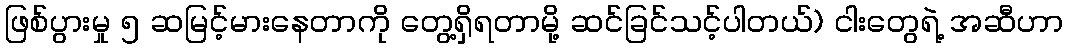
ဖြစ်ပွားမှု ၅ ဆမြင့်မားနေတာကို တွေ့ရှိရတာမို့ ဆင်ခြင်သင့်ပါတယ်) ငါးတွေရဲ့ အဆီဟာ